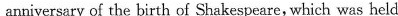
anniversary of the birth of Shakespeare, which was held